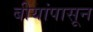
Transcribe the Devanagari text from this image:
बीयांपासून